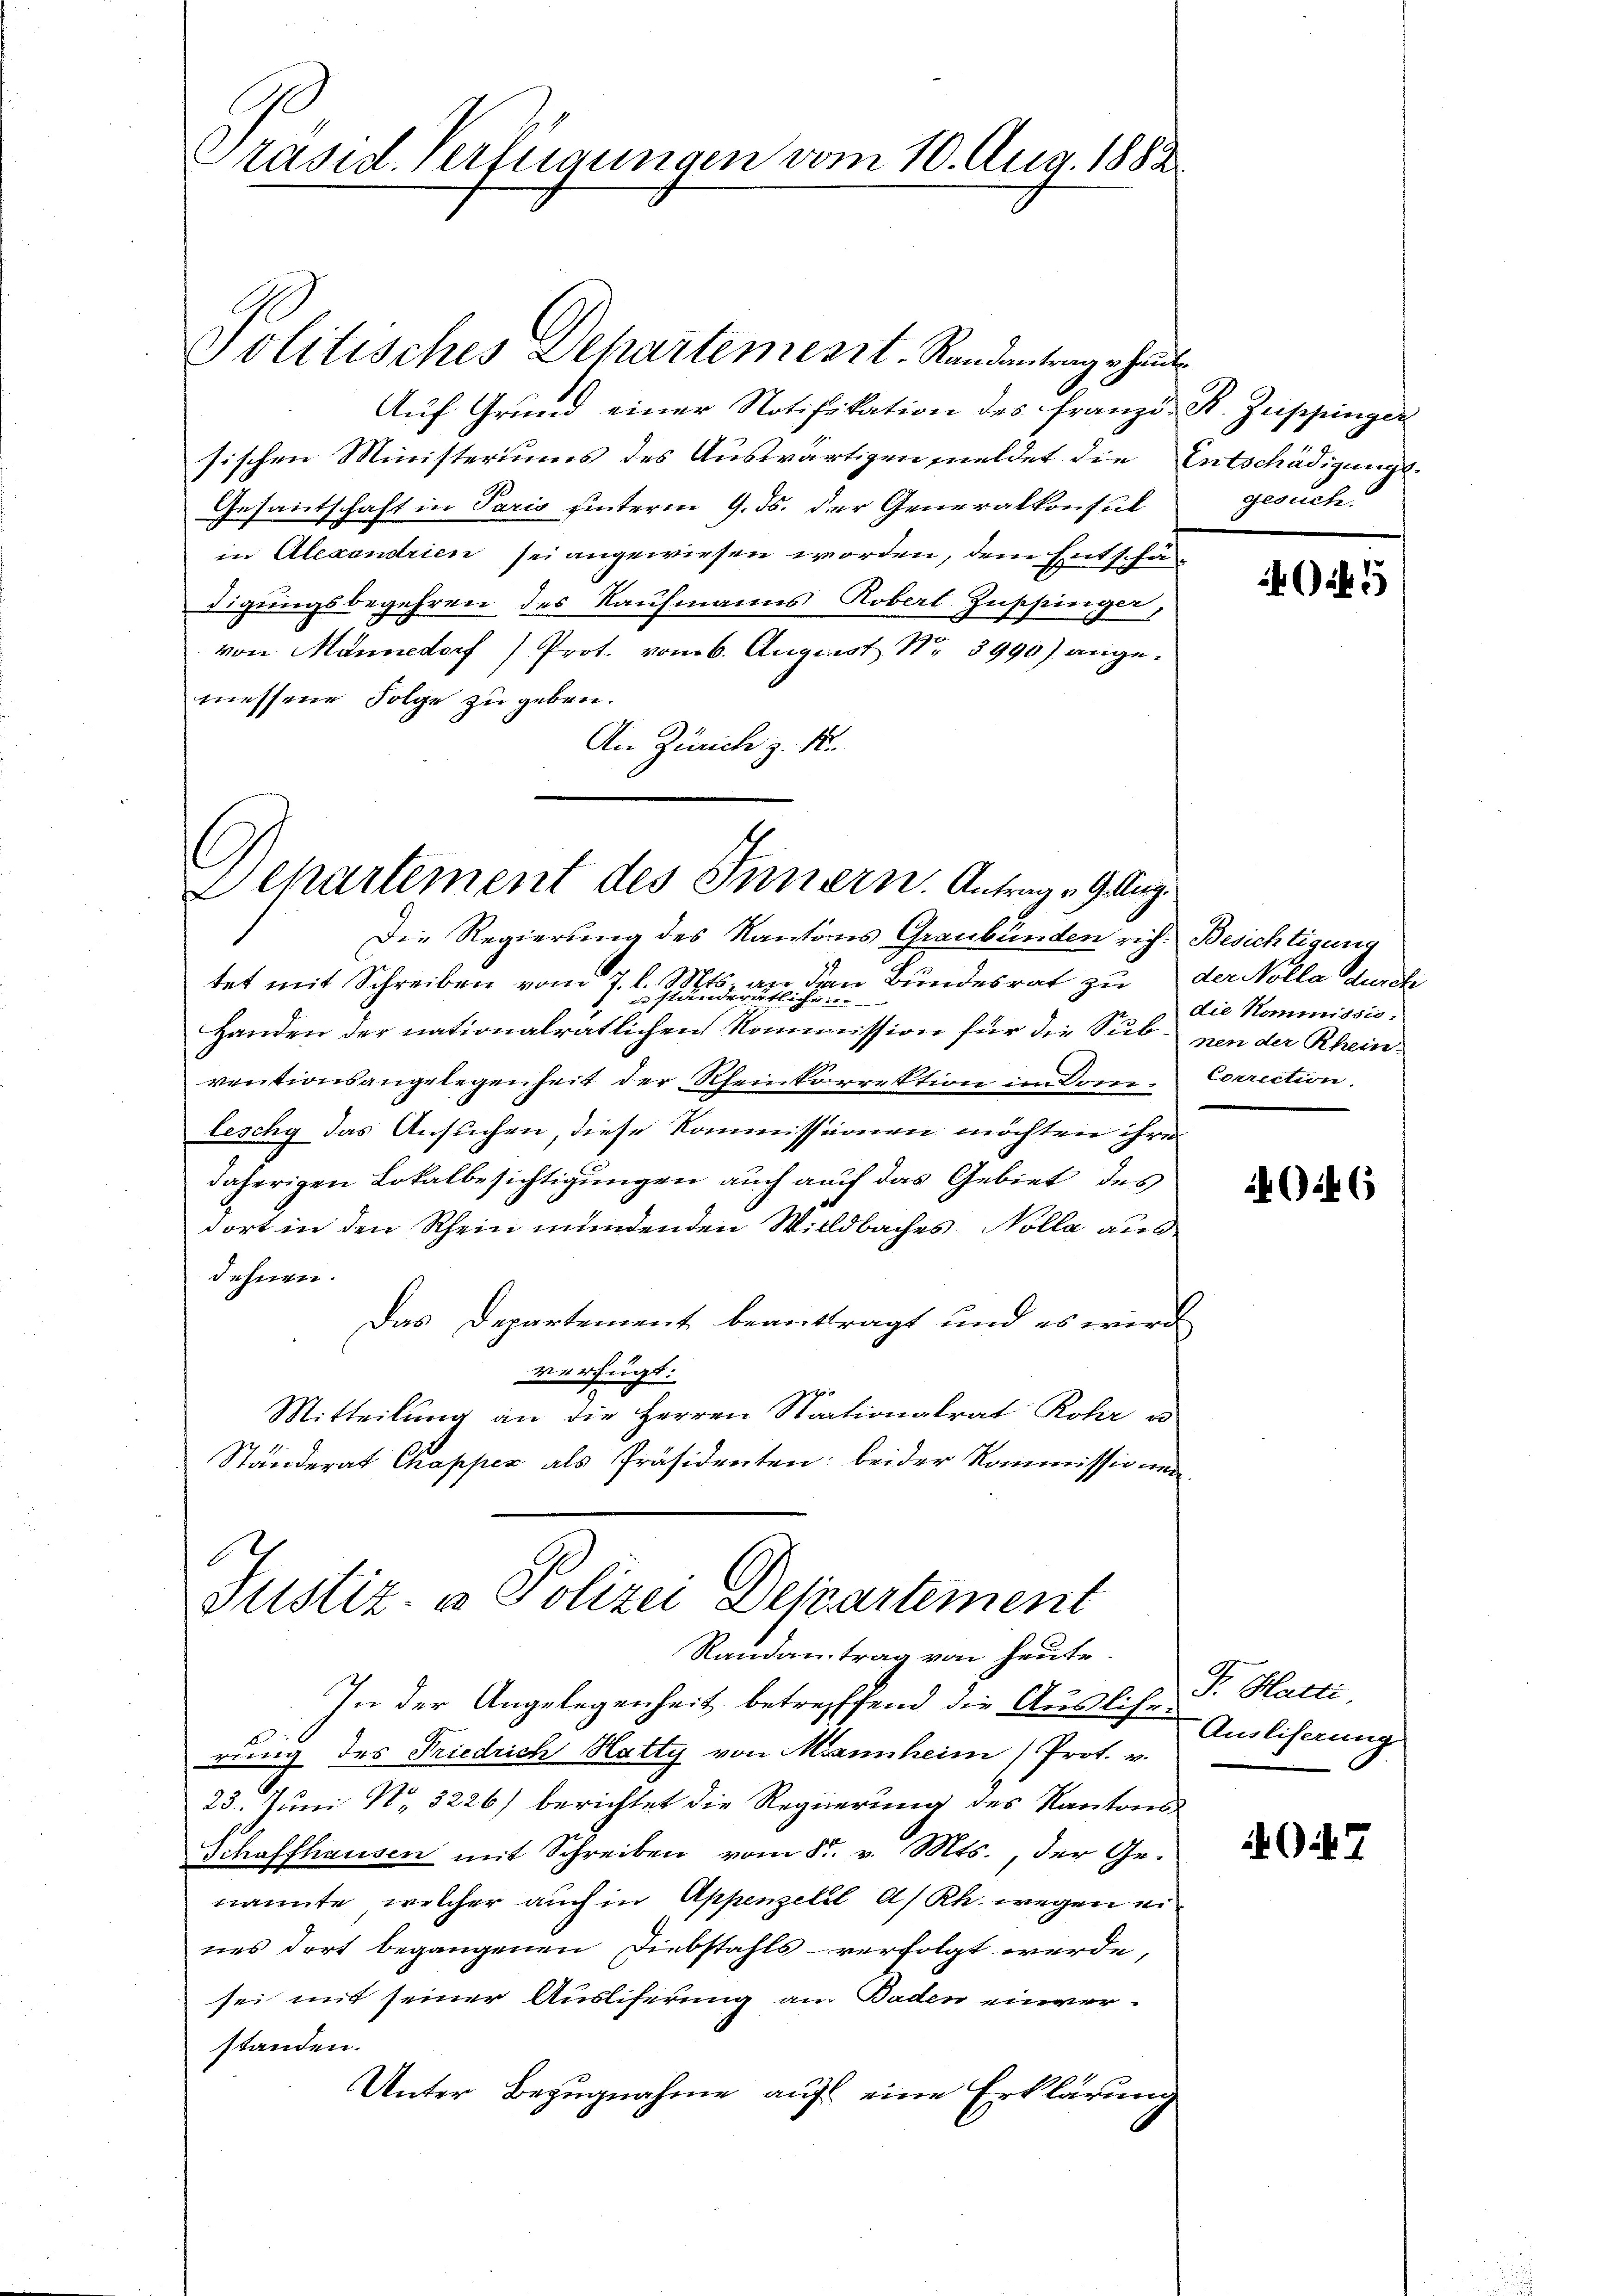
Präsid. Verfügungen vom 10. Aug. 1882.

Auf Grund einer Notifikation des franz. R. Zuppinger
sischen Ministeriums des Auswärtigen meldet die Entschädigungs-
Gesantschaft in Paris hinterm 9. ds. der Generalkonsul
in Alexandrien sei angewiesen worden, dem Entschädigungsbegehren des Kaufmanns Robert Zuppinger,
von Männedorf /Prot. vom 6. August Nr. 3990) angemessene Folge zu geben.
An Zürich z. B.

Die Regierung des Kantons Graubünden rich. Besichtigung
tet mit Schreiben vom 7. d. 8. den Bundesrat zu der Nolla durch
Handen der nationalratlichen Kommission für die Sub von der Rheinventionsangelegenheit der Rheinkorrektion im Dom- Correction.
leschy das Ansuchen, diese Kommissionen möchten ihre
daherigen Lokalbesichtigungen auch auf das Gebiet des
dort in den Rhein mündenden Willdbaches. Nolla aus
dehnen.
Das Departement beantragt und es wird
verfügt:
Mitteilung an die Herren Nationalrat Rohr u
Ständerat Chapper als Präsidenten: beider Kommissionen
E
Justiz- & Polizei Departement

Politisches Schartemeszt, Randantrag heut

Departement des Innern. Antrag 29 Aug.

Randantrag von heute.

gesuch.

In der Angelegenheit betreffend die Auslis-S. Hatti,
rung des Friedrich Hatty von Mannheim Prot. v.
23. Juni No 3226/ berichtet die Regierung des Kantons¬
Schaffhausen mit Schreiben vom 8t. v. Mts., der Ge-
nannte, welcher auch in Appenzell A/Rh. wegen eines dort begangenen Diebstahls verfolgt werde,
sei mit seiner Ausliferung an Baden einver-
standen.
Unter Bezugnahme auf eine Erklärung

5

die Kommissio,

G.46

Ausliserung

G: 7